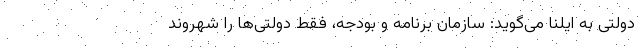
دولتی به ایلنا می‌گوید: سازمان برنامه و بودجه، فقط دولتی‌ها را شهروند